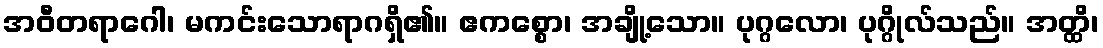
အဝီတရာဂေါ၊ မကင်းသောရာဂရှိ၏။ ဧကစ္စော၊ အချို့သော။ ပုဂ္ဂလော၊ ပုဂ္ဂိုလ်သည်။ အတ္ထိ၊